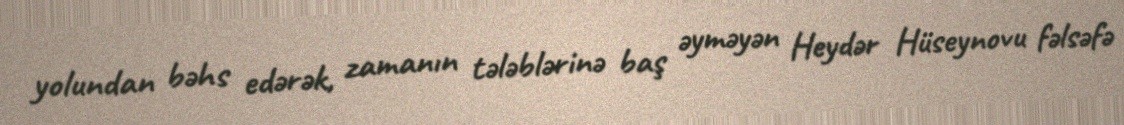
yolundan bəhs edərək, zamanın tələblərinə baş əyməyən Heydər Hüseynovu fəlsəfə